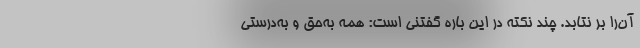
آن‌را بر نتابد. چند نکته در این باره گفتنی است: همه به‌حق و به‌درستی